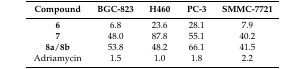
<table><thead><tr><td><b>Compound</b></td><td><b>BGC-823</b></td><td><b>H460</b></td><td><b>PC-3</b></td><td><b>SMMC-7721</b></td></tr></thead><tbody><tr><td><b>6</b></td><td>6.8</td><td>23.6</td><td>28.1</td><td>7.9</td></tr><tr><td><b>7</b></td><td>48.0</td><td>87.8</td><td>55.1</td><td>40.2</td></tr><tr><td><b>8a/8b</b></td><td>53.8</td><td>48.2</td><td>66.1</td><td>41.5</td></tr><tr><td>Adriamycin</td><td>1.5</td><td>1.0</td><td>1.8</td><td>2.2</td></tr></tbody></table>